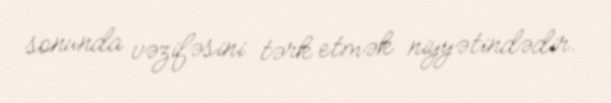
sonunda vəzifəsini tərk etmək niyyətindədir.